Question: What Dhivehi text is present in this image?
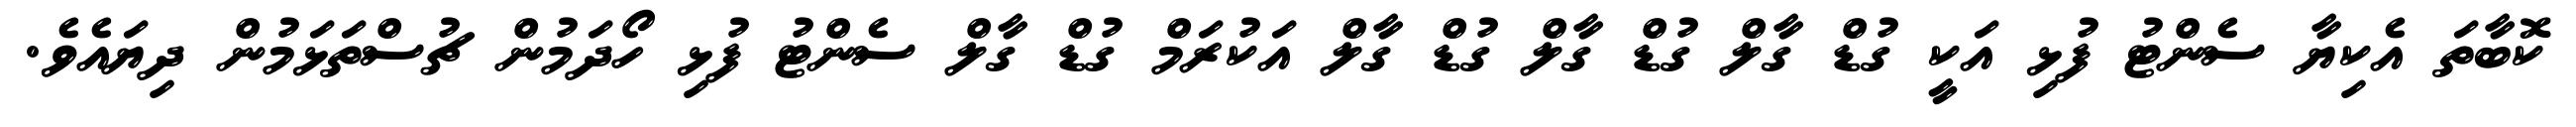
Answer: ކޮބާތަ އެކިޔާ ސެންޓު ފުޅި އަކީ ގުޑް ގާލް ގުޑް ގާލް ގުޑް ގާލް އަކުރަމް ގުޑް ގާލް ސެންޓު ފުޅި ހޯދަމުން ޗުސްތަޅަމުން ދިޔައެވެ.